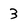
Character: 3